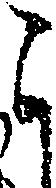
ら